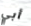
أبي